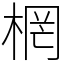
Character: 棢